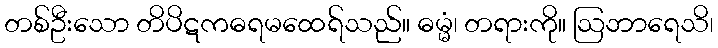
တစ်ဦးသော တိပိဋကဓရမထေရ်သည်။ ဓမ္မံ၊ တရားကို။ ဩဘာရေသိ၊